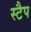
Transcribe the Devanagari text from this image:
स्टैप